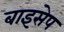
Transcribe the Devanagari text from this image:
बाइसेप